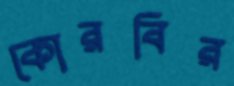
কোরবির